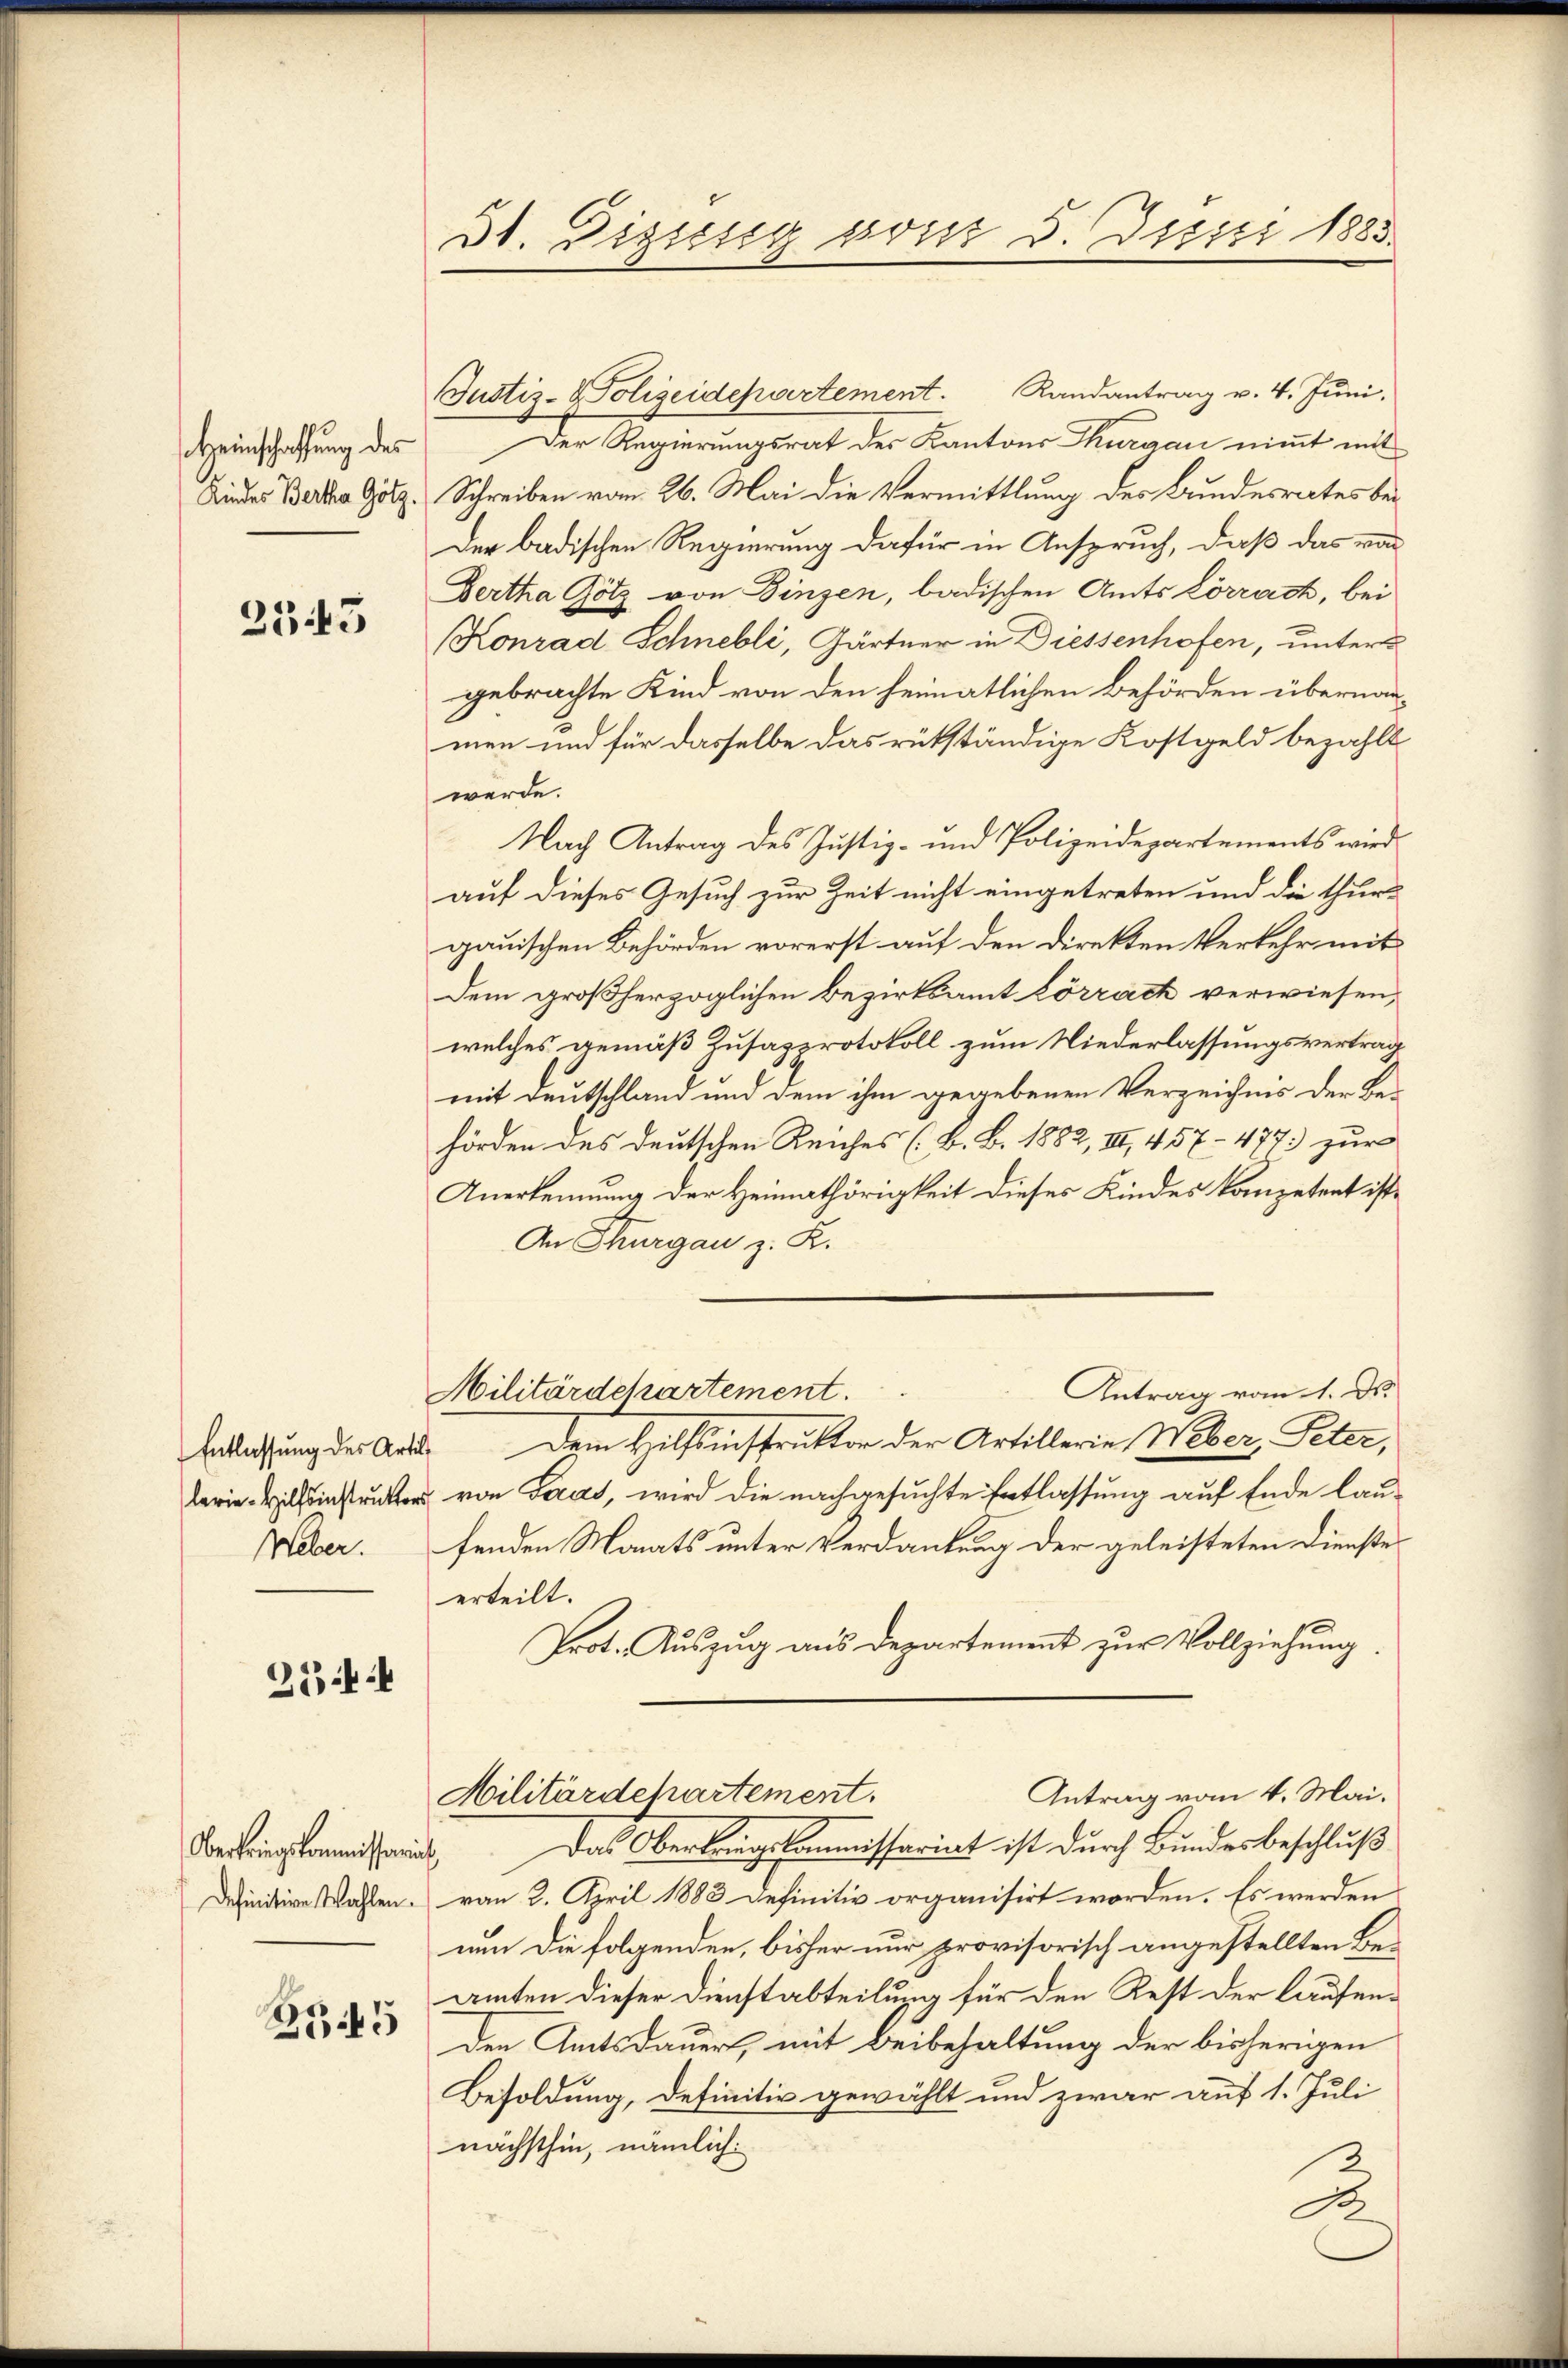
Heimschaffung des
Kindes Bertha Götz.

2543

Entlassung des Artil
Weber.

254

Verbring kommissaria
Definitive Wahlen.

ZG 45

31. Digisig sont 5. Disici 1883.

Justiz-Polizeidepartement. Randantrag v. 4. Juni.
Der Regierungsrat des Kantons Thurgau nimmt mit
Schreiben vom 26. Mai die Vermittlung des Bundesrates bei
Der badischen Regierung dafür in Anspruch, daß das von
Bertha Götz von Binzen, badischen Amts Lörrach, bei
Konrad Schnebli, Gärtner in Diessenhofen, unter
gebrachte Kind von den heimatlichen Behörden übernannmen und für dasselbe das rükständige Kostgeld bezahlt
werde.
Nach Antrag des Justiz- und Polizeidepartements wird
auf dieses Gesuch zur Zeit nicht eingetreten und die thurgauischen Behörden vorerst auf den direkten Verkehr mit
Dem großherzoglichen Bezirksamt Lörrach verwiesen,
welches gemäß Kusazprotokoll zum Niederlassungsvertrag
mit Deutschland und dem ihm gegebenen Verzeichnis der Be-
hörden des deutschen Reiches (B. B. 1882, III 457. 477. zur
Anerkennung der Heimathörigkeit dieses Kindes kompetent ist.
An Thurgau z. R.
Antrag vom 1. d.
Militärdepartement.
Dem Hilfsinistruktor der Artillerie Weber, Peter,
lerie Willenstunter von Seras, wird die nachgesuchte Entlassung auf Ende laufenden Monats unter Verdankung der geleisteten Dienste
erteilt.
Prot. Auszug aus Departement zur Vollziehung.
Antrag vom 4. Mai.
Militärdepartement.
Das Oberbringskommissariat ist durch Bundesbeschluß
¬
von 2. April 1883 definitiv organisirt worden. Es werden
nun die folgenden, bisher nur provisorisch angestellten Beamten dieser Dienstabteilung für den Rest der laufenden Amtsdauert, mit Beibehaltung der bisherigen
Besoldung, definitiv gewählt und zwar auf 1. Juli
nächsthin, nämlich:
A